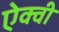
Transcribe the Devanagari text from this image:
ऐक्वी